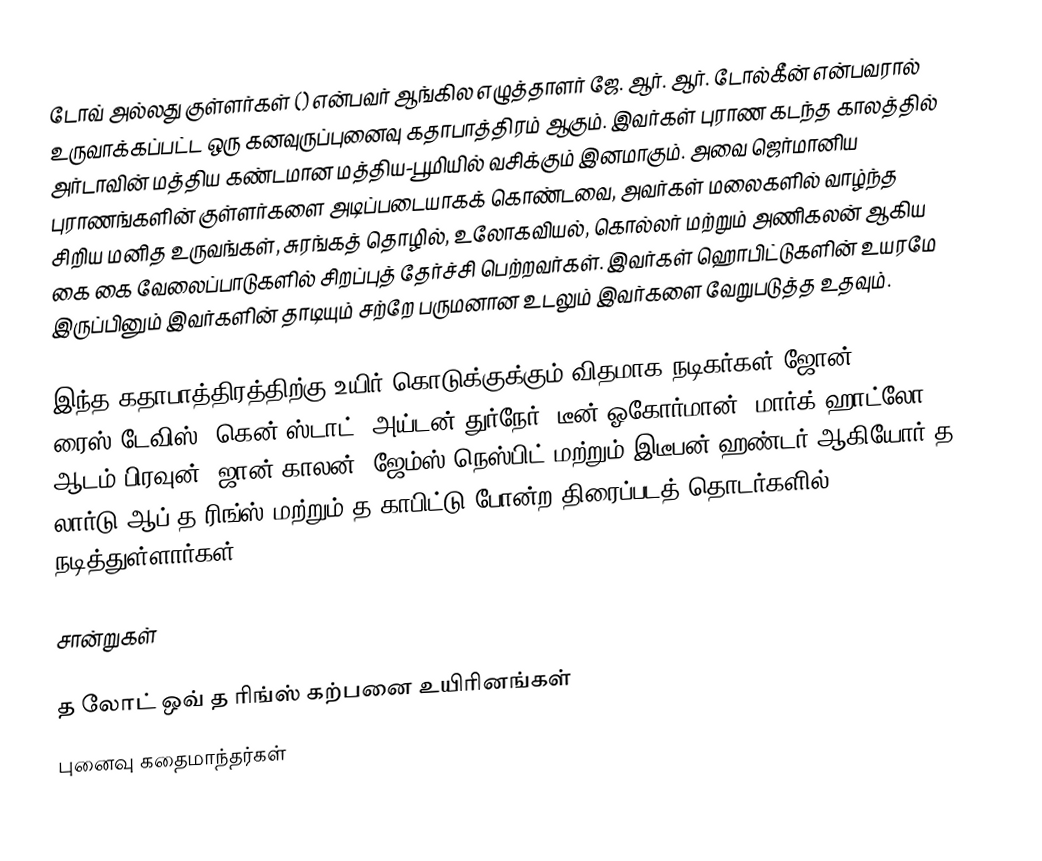
டோவ் அல்லது குள்ளர்கள் () என்பவர் ஆங்கில எழுத்தாளர் ஜே. ஆர். ஆர். டோல்கீன் என்பவரால் உருவாக்கப்பட்ட ஒரு கனவுருப்புனைவு கதாபாத்திரம் ஆகும். இவர்கள் புராண கடந்த காலத்தில் அர்டாவின் மத்திய கண்டமான மத்திய-பூமியில் வசிக்கும் இனமாகும். அவை ஜெர்மானிய புராணங்களின் குள்ளர்களை அடிப்படையாகக் கொண்டவை, அவர்கள் மலைகளில் வாழ்ந்த சிறிய மனித உருவங்கள், சுரங்கத் தொழில், உலோகவியல், கொல்லர் மற்றும் அணிகலன் ஆகிய கை  கை வேலைப்பாடுகளில் சிறப்புத் தேர்ச்சி பெற்றவர்கள். இவர்கள் ஹொபிட்டுகளின் உயரமே இருப்பினும் இவர்களின் தாடியும் சற்றே பருமனான உடலும் இவர்களை வேறுபடுத்த உதவும்.

இந்த கதாபாத்திரத்திற்கு உயிர் கொடுக்குக்கும் விதமாக நடிகர்கள் ஜோன் ரைஸ்-டேவிஸ், கென் ஸ்டாட், அய்டன் துர்நேர், டீன் ஓகோர்மான், மார்க் ஹாட்லோ, ஆடம் பிரவுன், ஜான் காலன், ஜேம்ஸ் நெஸ்பிட் மற்றும் இடீபன் ஹண்டர் ஆகியோர் த லார்டு ஆப் த ரிங்ஸ் மற்றும் த காபிட்டு போன்ற திரைப்படத் தொடர்களில் நடித்துள்ளார்கள்.

சான்றுகள்

த லோட் ஒவ் த ரிங்ஸ் கற்பனை உயிரினங்கள்
புனைவு கதைமாந்தர்கள்